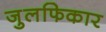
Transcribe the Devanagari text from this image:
जुलफिकार